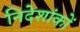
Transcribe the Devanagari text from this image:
निदेशांकों